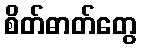
စိတ်ဓာတ်တွေ